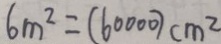
6 m ^ { 2 } = ( 6 0 0 0 0 ) c m ^ { 2 }